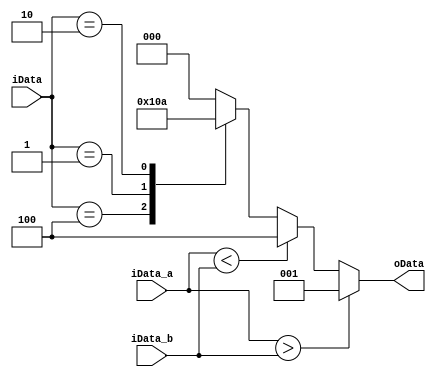
`timescale 1ns / 1ps

module Datacompare4(
    input [3:0]  iData_a,
    input [3:0]  iData_b,
    input [2:0] iData,
    output reg [2:0] oData
);
    always @* begin
        if ( iData_a >  iData_b) begin
            oData = 3'b001;
        end else if ( iData_a <  iData_b) begin
            oData = 3'b100;
        end else begin
            case (iData)
                3'b100: oData = 3'b100;
                3'b001: oData = 3'b001;
                3'b010: oData = 3'b010;
                default: oData = 3'b000;
            endcase
        end
    end
endmodule


module Datacompare8(
    input [7:0]  iData_a,
    input [7:0]  iData_b,
    output [2:0] oData
);
    wire [2:0] mid;
    wire [2:0] low = 3'b010;

    Datacompare4 comp_low4(
        . iData_a( iData_a[3:0]),
        . iData_b( iData_b[3:0]),
        .iData(low),
        .oData(mid)
    );

    Datacompare4 comp_high4(
        . iData_a( iData_a[7:4]),
        . iData_b( iData_b[7:4]),
        .iData(mid),
        .oData(oData)
    );
endmodule